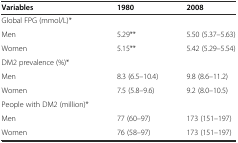
<table><thead><tr><td><b>Variables</b></td><td><b>1980</b></td><td><b>2008</b></td></tr></thead><tbody><tr><td>Global FPG (mmol/L)*</td><td></td><td></td></tr><tr><td>Men</td><td>5.29**</td><td>5.50 (5.37–5.63)</td></tr><tr><td>Women</td><td>5.15**</td><td>5.42 (5.29–5.54)</td></tr><tr><td>DM2 prevalence (%)*</td><td></td><td></td></tr><tr><td>Men</td><td>8.3 (6.5–10.4)</td><td>9.8 (8.6–11.2)</td></tr><tr><td>Women</td><td>7.5 (5.8–9.6)</td><td>9.2 (8.0–10.5)</td></tr><tr><td>People with DM2 (million)*</td><td></td><td></td></tr><tr><td>Men</td><td>77 (60–97)</td><td>173 (151–197)</td></tr><tr><td>Women</td><td>76 (58–97)</td><td>173 (151–197)</td></tr></tbody></table>